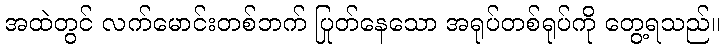
အထဲတွင် လက်မောင်းတစ်ဘက် ပြုတ်နေသော အရုပ်တစ်ရုပ်ကို တွေ့ရသည်။